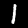
Label: 1